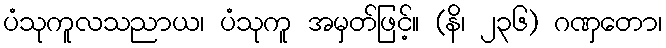
ပံသုကူလသညာယ၊ ပံသုကူ အမှတ်ဖြင့်။ (နိ၊ ၂၃၆) ဂဏှတော၊